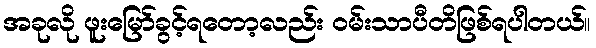
အခုလို ဖူးမြော်ခွင့်ရတော့လည်း ဝမ်းသာပီတိဖြစ်ရပါတယ်။